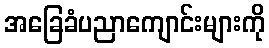
အခြေခံပညာကျောင်းများကို